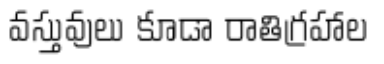
వస్తువులు కూడా రాతిగ్రహాల